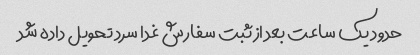
حدود یک ساعت بعد از ثبت سفارش غدا سرد تحویل داده شد